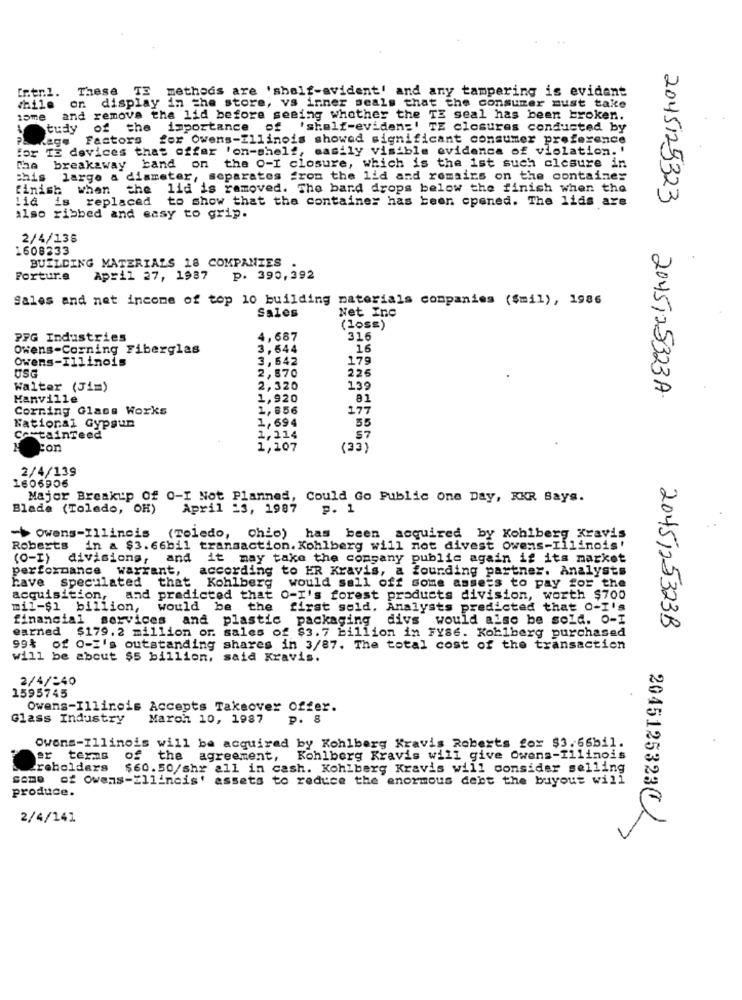
Intn.l.
These TS methods are 'shalf-avident' and any tampering is evident
chile
on display in the store, vs inner seals that the consumer must take
15me
and remove the lid before seeing whether the TE seal has been broken.
tudy of the importance of 'shalf-eviden=' TE closures conducted by
Lage Factors
for Owens-Illinois showed significant consumer preference
for TE devices that offer 'on-shelf, easily visible evidence of violation. '
breakaway band on the O-I closure, which is the 1st such closure in
this
largo a diameter, separates from the lid and romairs on the container
finish
when
the lid is removed. The bard drops below the finish when the
Lia
replaced to show that the container has been opened. The lids are
2045125323
also ribbed and easy to grip.
2/4/135
1608233
BUILDING MATERIALS 18 COMPANIES
Forture
April 27, 1987
p. 390,392
Sales and net income of top 10 building materials companies ($mil), 1986
Sales
Net Inc
(loss)
PPG Industries
4,687
316
Owens-Corning Fiberglas
3,644
16
Owens-Illinois
3,642
179
USG
225
2,870
Walter (Jim)
2,320
13
2045125323A
Hanville
1,920
81
Corning Glass Works
1,856
177
55
National Gypsum
1,694
CertainTeed
1,314
$7
1,107
(33)
2/4/139
1606906
Major Breakup Of 0-I Not Planned, Could Go Public One Day, KKR Says.
Blade (Toledo, OH)
April 23, 1987
P. 1
-> owens-Illincis (Toledo, ohio) has been acquired by Kohlberg Kravis
Roberts in a $3.66bil transaction. Kohlberg will not divest owens-Illinois'
(O-I)
divisions, and
it may take the company public again if its market
performance warrant,
according to ER Kravis, a fourding partner. Analysts
have speculated
that Kohlberg would sall off some assets to pay for the
acquisition,
and predicted that O-I's forest products division, worth $700
mil-$1 billion, would be the
first sold. Analysts predicted that 0-I's
financial services and plastic packaging divs would also be sold. O-I
earned $179. 2 million or. sales of $3.7 billion in FY86. Kohlberg purchased
2045125323B
99% of O-I's outstanding shares in 3/87. The total cost of the transaction
will be about $5 billion, said Kravis.
2/4/240
1595745
Owens-Illinois Accepts Takeover Offer.
Glass Industry
March 10, 1987
P. 8
Owens-Illinois will be acquired by Kohlberg Kravis Roberts for $3. 66bil.
texas
of the agreement, Kohlberg Kravis will give Owens-Illinois
Creholders
$60.50/shr all in cash. Kohlberg Kravis will consider selling
some of owens-Ellincis' assets to reduce the enormous debt the buyout will
produce.
2/4/141
2045125323C